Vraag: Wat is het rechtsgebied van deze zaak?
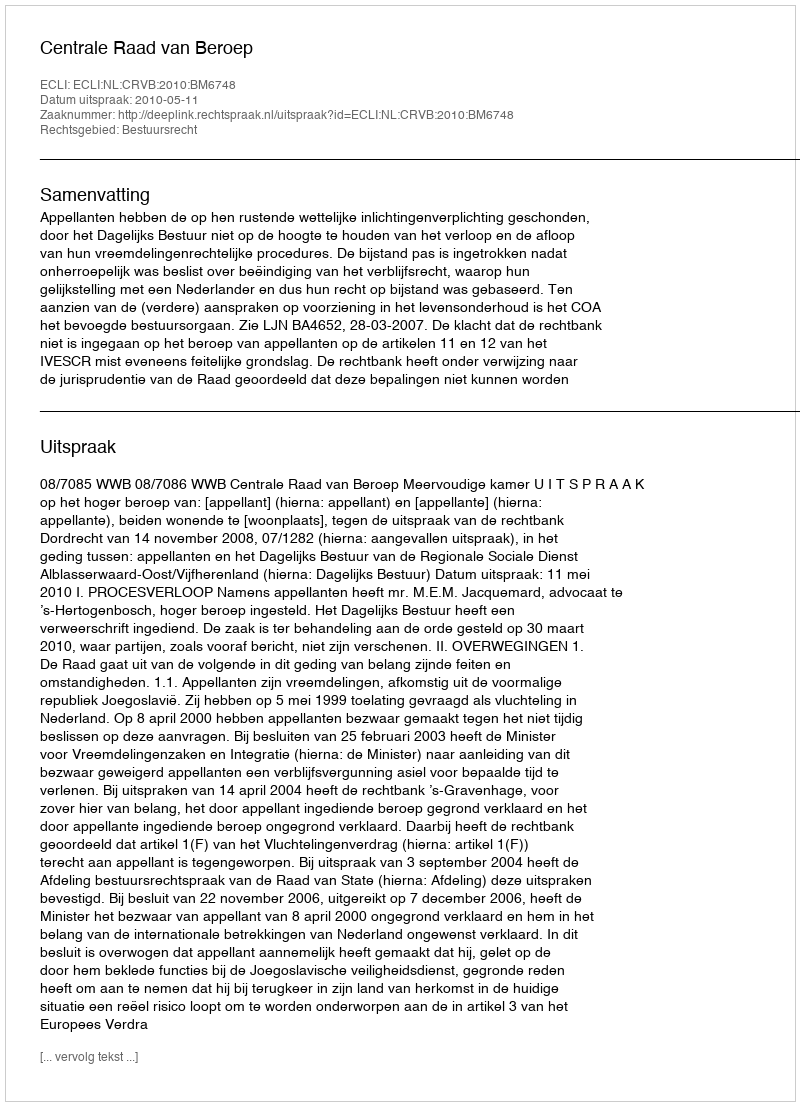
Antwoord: Bestuursrecht